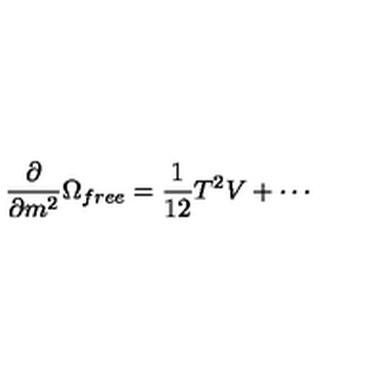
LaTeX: \frac { \partial } { \partial m ^ { 2 } } \Omega _ { f r e e } = \frac { 1 } { 1 2 } T ^ { 2 } V + \cdots